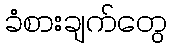
ခံစားချက်တွေ